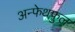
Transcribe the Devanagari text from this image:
अन्फेथफुल